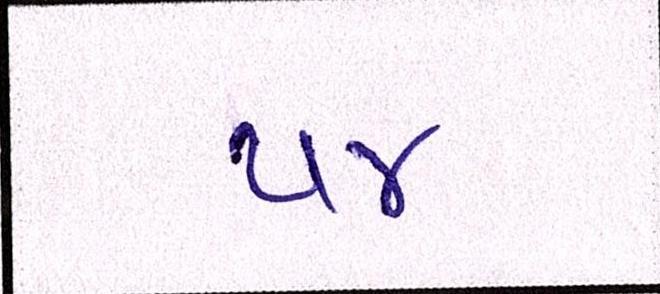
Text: ૫૪